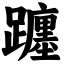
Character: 躔